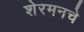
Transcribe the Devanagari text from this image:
शेरमनचे